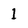
Character: 1